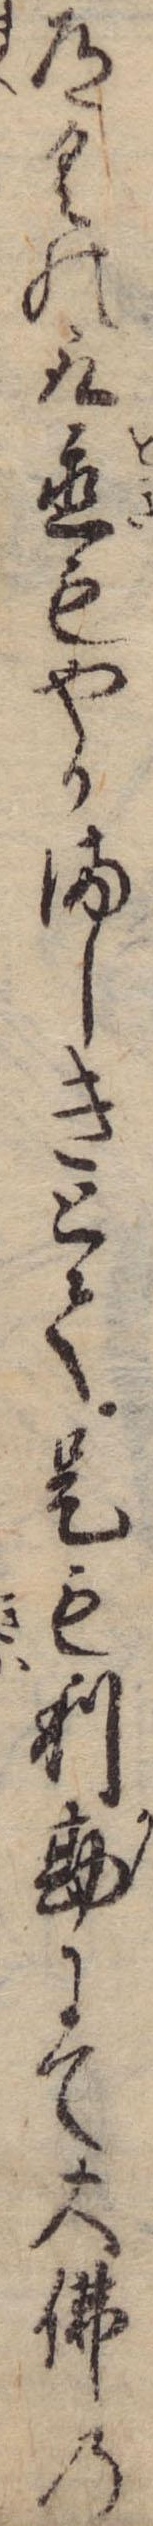
道具の取置もやかましきとて是も利勘にて大仏の